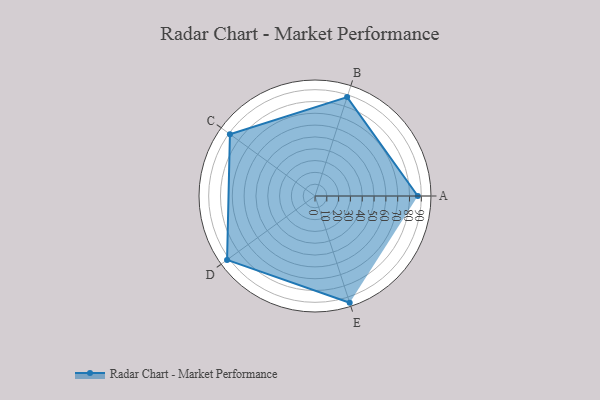
{"axis": {"x": "Skill", "y": "Score"}, "legend": ["Profile"], "data": [{"x": "A", "y": 87.0, "type": "Profile"}, {"x": "B", "y": 88.0, "type": "Profile"}, {"x": "C", "y": 89.0, "type": "Profile"}, {"x": "D", "y": 92.0, "type": "Profile"}, {"x": "E", "y": 95.0, "type": "Profile"}]}